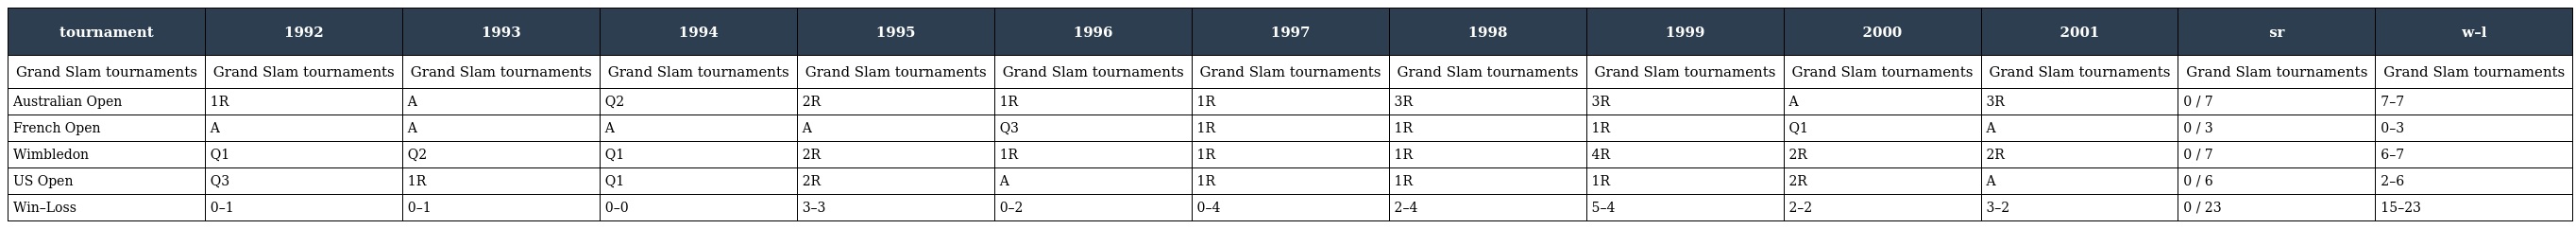
| tournament | 1992 | 1993 | 1994 | 1995 | 1996 | 1997 | 1998 | 1999 | 2000 | 2001 | sr | w–l |
 | --- | --- | --- | --- | --- | --- | --- | --- | --- | --- | --- | --- | --- |
 | Grand Slam tournaments | Grand Slam tournaments | Grand Slam tournaments | Grand Slam tournaments | Grand Slam tournaments | Grand Slam tournaments | Grand Slam tournaments | Grand Slam tournaments | Grand Slam tournaments | Grand Slam tournaments | Grand Slam tournaments | Grand Slam tournaments | Grand Slam tournaments |
 | Australian Open | 1R | A | Q2 | 2R | 1R | 1R | 3R | 3R | A | 3R | 0 / 7 | 7–7 |
 | French Open | A | A | A | A | Q3 | 1R | 1R | 1R | Q1 | A | 0 / 3 | 0–3 |
 | Wimbledon | Q1 | Q2 | Q1 | 2R | 1R | 1R | 1R | 4R | 2R | 2R | 0 / 7 | 6–7 |
 | US Open | Q3 | 1R | Q1 | 2R | A | 1R | 1R | 1R | 2R | A | 0 / 6 | 2–6 |
 | Win–Loss | 0–1 | 0–1 | 0–0 | 3–3 | 0–2 | 0–4 | 2–4 | 5–4 | 2–2 | 3–2 | 0 / 23 | 15–23 |